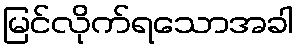
မြင်လိုက်ရသောအခါ